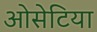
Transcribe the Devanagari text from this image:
ओसेटिया